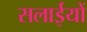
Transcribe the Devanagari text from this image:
सलाईयों